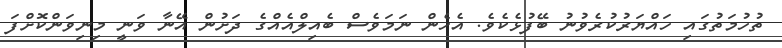
ތުހުމަތުގައި ހައްޔަރުކުރެވުނު ބޭފުޅެކެވެ. އެހެން ނަމަވެސް ބެއިލްއެއްގެ ދަށުން އޭނާ ވަނީ މިނިވަންކޮށްފަ